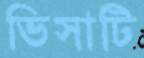
ভিসাটি